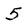
Character: 5